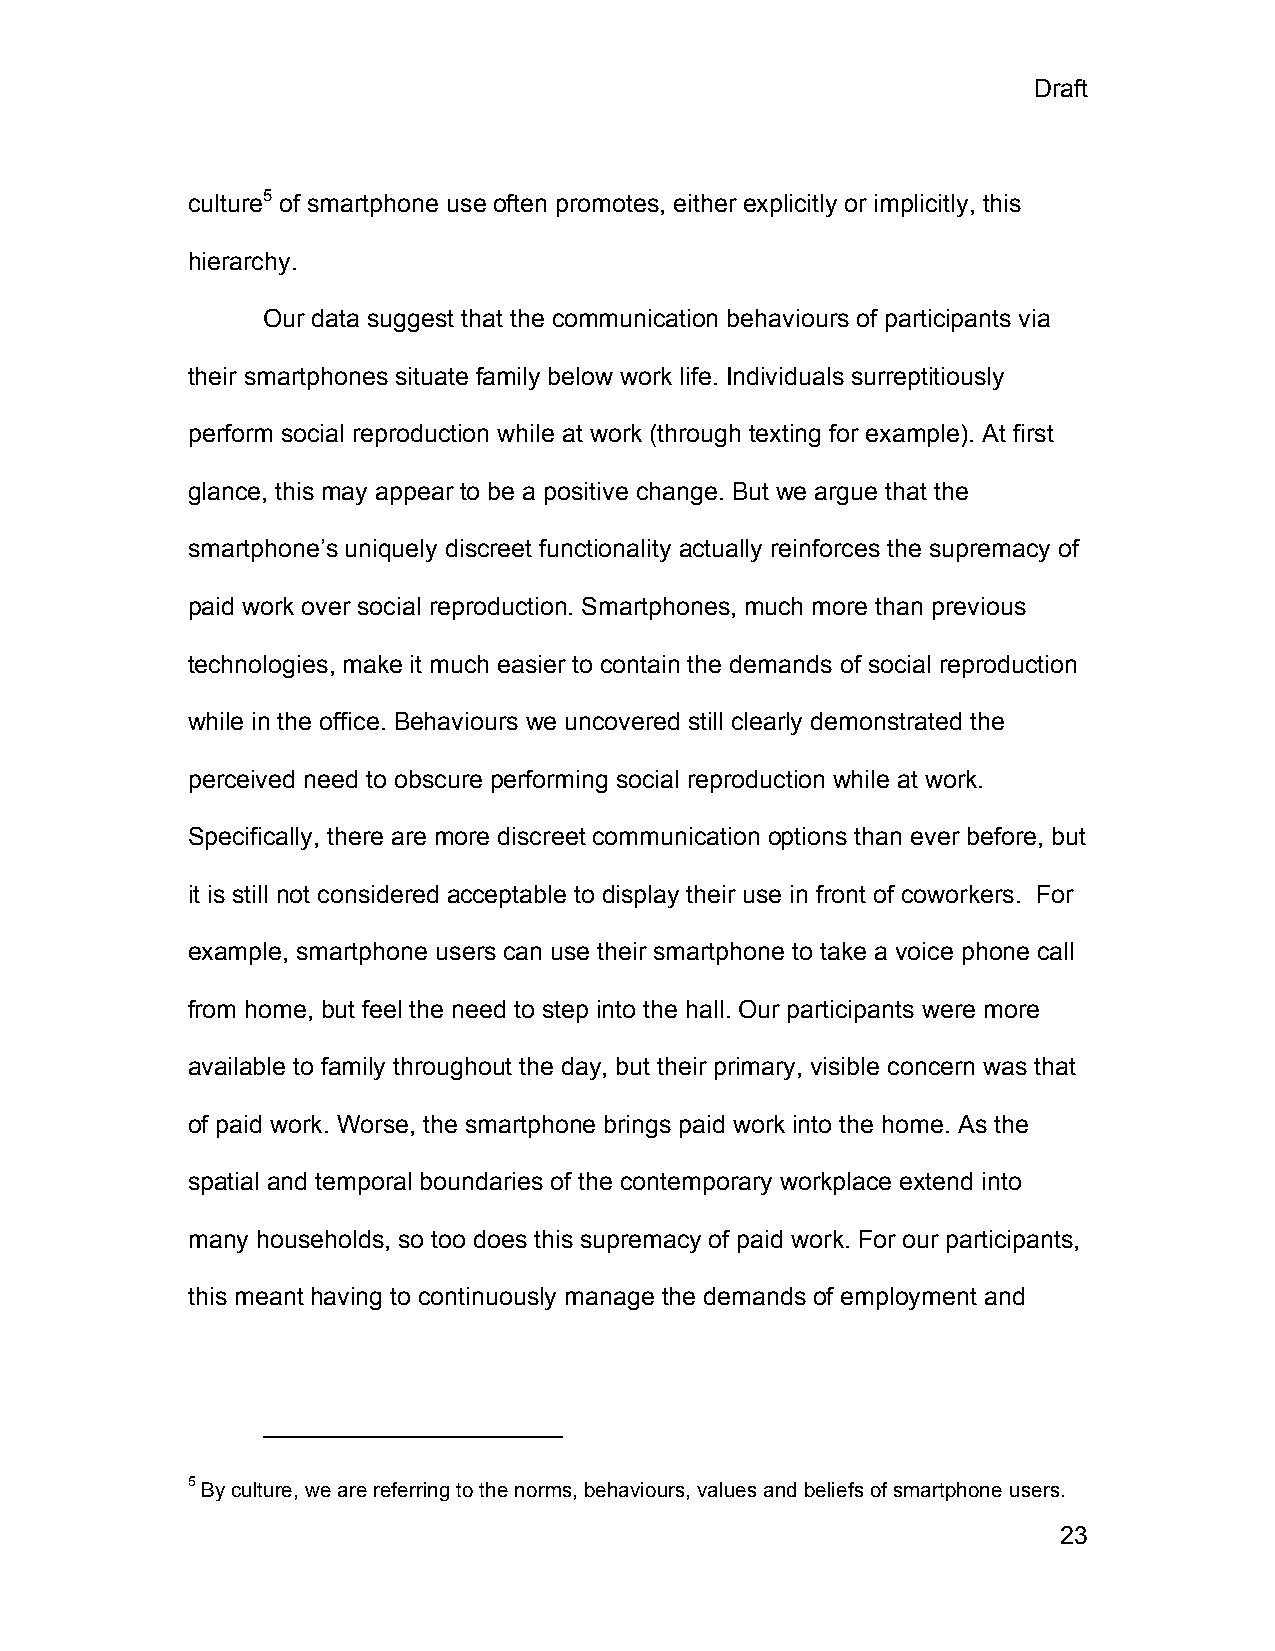
Draft
 culture5 of smartphone use often promotes, either explicitly or implicitly, this
 hierarchy.
 Our data suggest that the communication behaviours of participants via
 their smartphones situate family below work life. Individuals surreptitiously
 perform social reproduction while at work (through texting for example). At first
 glance, this may appear to be a positive change. But we argue that the
 smartphone’s uniquely discreet functionality actually reinforces the supremacy of
 paid work over social reproduction. Smartphones, much more than previous
 technologies, make it much easier to contain the demands of social reproduction
 while in the office. Behaviours we uncovered still clearly demonstrated the
 perceived need to obscure performing social reproduction while at work.
 Specifically, there are more discreet communication options than ever before, but
 it is still not considered acceptable to display their use in front of coworkers. For
 example, smartphone users can use their smartphone to take a voice phone call
 from home, but feel the need to step into the hall. Our participants were more
 available to family throughout the day, but their primary, visible concern was that
 of paid work. Worse, the smartphone brings paid work into the home. As the
 spatial and temporal boundaries of the contemporary workplace extend into
 many households, so too does this supremacy of paid work. For our participants,
 this meant having to continuously manage the demands of employment and
 5 By culture, we are referring to the norms, behaviours, values and beliefs of smartphone users.
 23